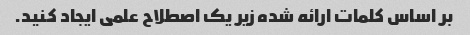
بر اساس کلمات ارائه شده زیر یک اصطلاح علمی ایجاد کنید.